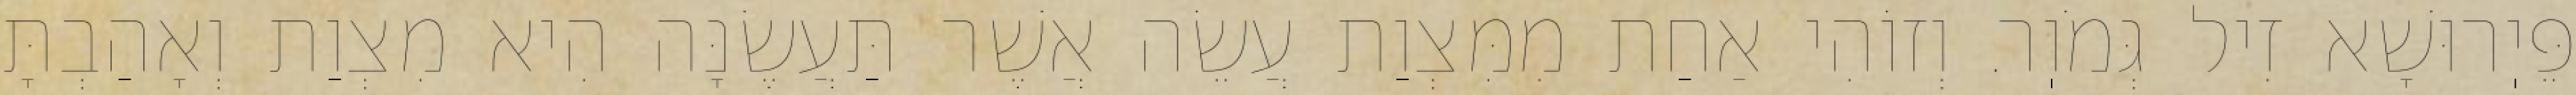
פֵּיֽרוּשָׁא זִיל גְּמֹוֽר. וְזוֹהִי אַחַת מִמִּצְוַת עֲשֵׂה אֲשֶׁר תַּעֲשֶׂנָּה הִיא מִצְוַת וְאָהַבְתָּ